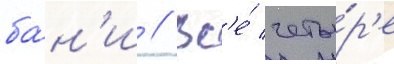
ба́н'и // Вс'е́ четы́р'е